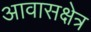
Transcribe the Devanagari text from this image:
आवासक्षेत्र